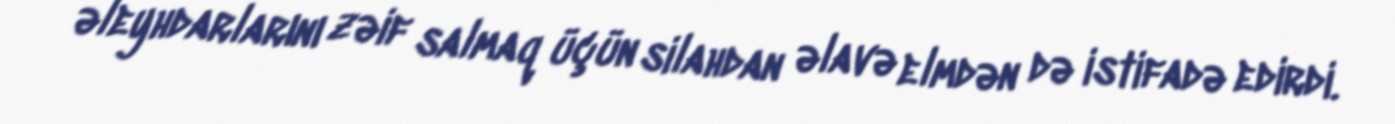
əleyhdarlarını zəif salmaq üçün silahdan əlavə elmdən də istifadə edirdi.